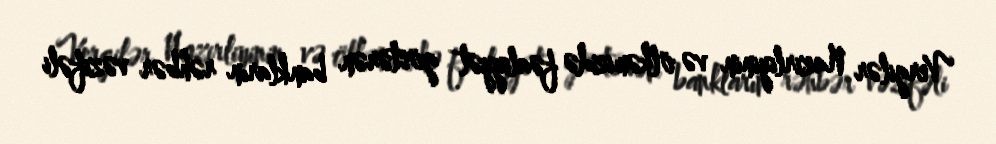
Vergilər Nazirliyinin və ölkəmizdə fəaliyyət göstərən bankların rəhbər vəzifəli